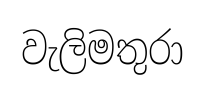
වැලිමතුරා